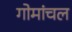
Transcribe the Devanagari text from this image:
गोमांचल